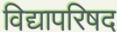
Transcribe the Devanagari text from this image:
विद्यापरिषद